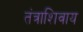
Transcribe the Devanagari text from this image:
तंत्राशिवाय